Physiological action of certain drugs in tablet form - Number 52A
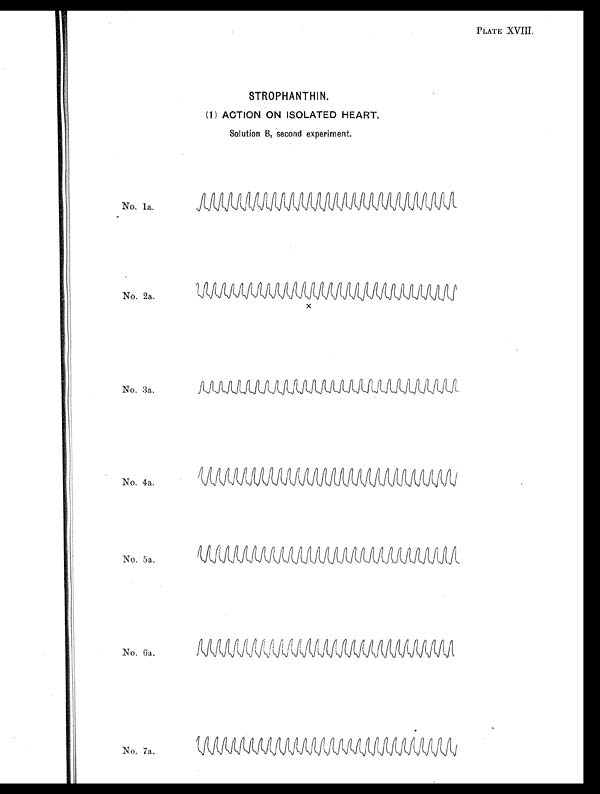
PLATE XVIII.
STROPHANTHIN.
(1) ACTION ON ISOLATED HEART.
Solution B, second experiment.
No. 1a.
No. 2a.
x
No. 3a.
No. 4a.
No. 5a.
No. 6a.
No. 7a.